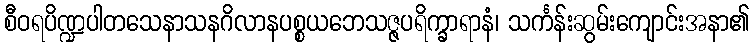
စီဝရပိဏ္ဍပါတသေနာသနဂိလာနပစ္စယဘေသဇ္ဇပရိက္ခာရာနံ၊ သင်္ကန်းဆွမ်းကျောင်းအနာ၏